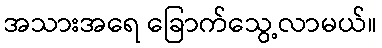
အသားအရေ ခြောက်သွေ့လာမယ်။